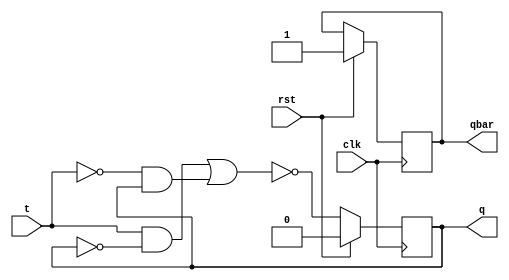
`timescale 1ns / 1ps
//////////////////////////////////////////////////////////////////////////////////
// Company: 
// Engineer: 
// 
// Design Name: 
// Module Name: t_flipflop
// Project Name: 
// Target Devices: 
// Tool Versions: 
// Description: 
// 
// Dependencies: 
// 
// Revision:
// Revision 0.01 - File Created
// Additional Comments:
// 
//////////////////////////////////////////////////////////////////////////////////


module t_flipflop(
    input t,clk,rst,
    output reg q,qbar
    ); 
    always@(posedge clk)
    begin
    if(rst)
    begin
    q=0;qbar=1;
    end
    else begin
     q=(t&~q)|(~t&q);
     q=~q;
    end
    end
endmodule